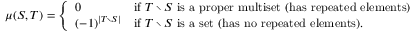
\mu ( S , T ) = { \left\{ \begin{array} { l l } { 0 } & { { \mathrm { i f ~ } } T \setminus S { \mathrm { ~ i s ~ a ~ p r o p e r ~ m u l t i s e t ~ ( h a s ~ r e p e a t e d ~ e l e m e n t s ) } } } \\ { ( - 1 ) ^ { \left| T \setminus S \right| } } & { { \mathrm { i f ~ } } T \setminus S { \mathrm { ~ i s ~ a ~ s e t ~ ( h a s ~ n o ~ r e p e a t e d ~ e l e m e n t s ) } } . } \end{array} \right. }